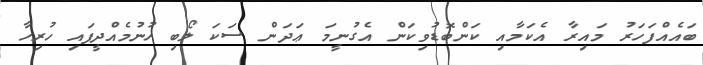
ބައެއްފަހަރު މައިރާ އެކަމާއި ކަންބޮޑުވިކަން އެގުނީމަ ޢަދަން ސަކަ ލޯބި ހުނުމެއްދީފައި ހުރިހާ